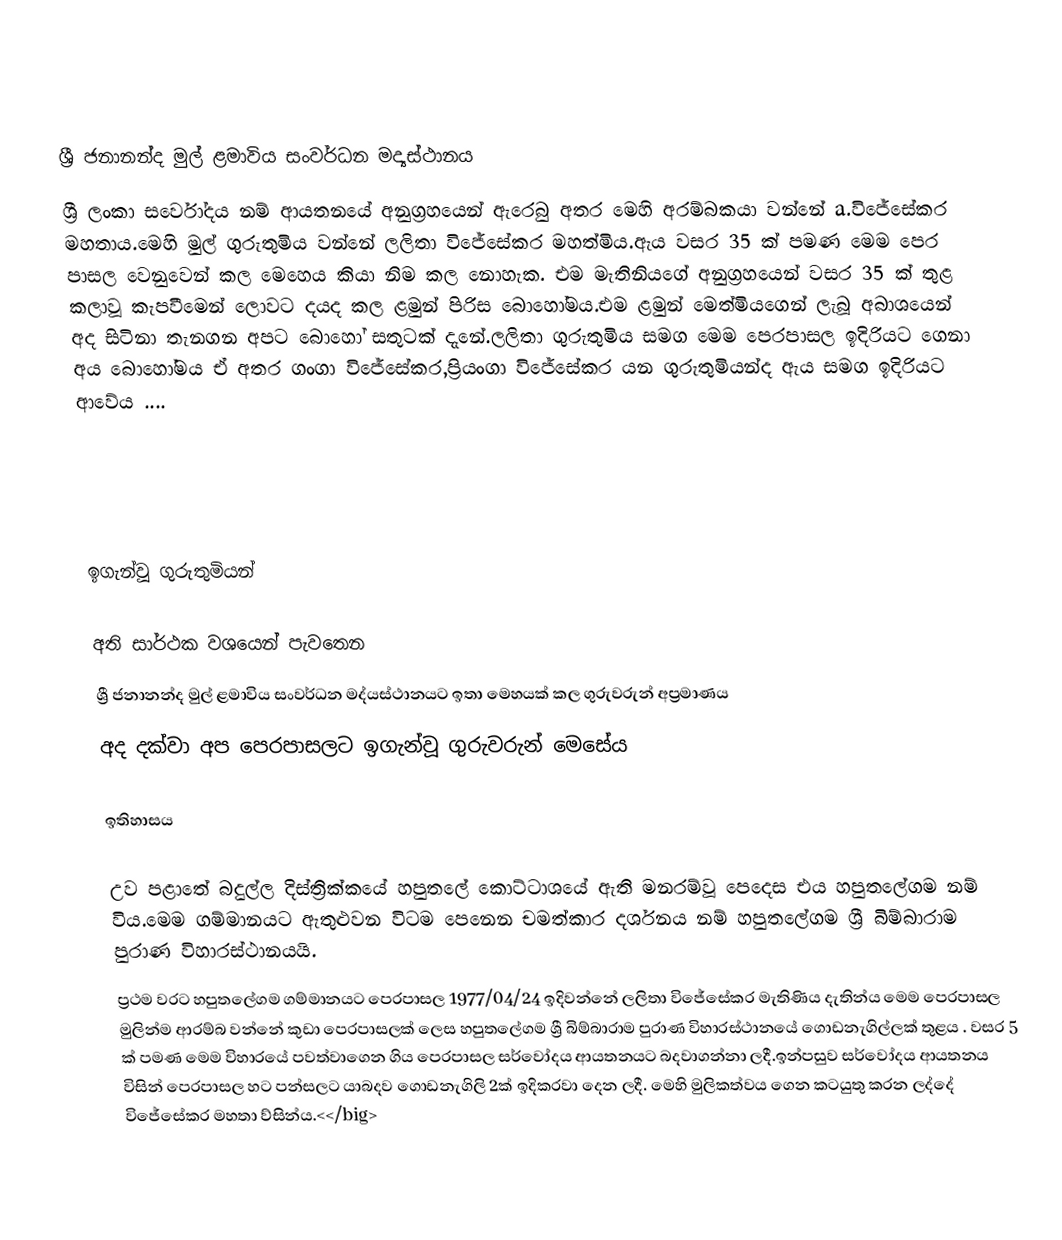

ශ්‍රී ජනානන්ද මුල් ළමාවිය සංවර්ධන මද්‍යස්ථානය
 ශ්‍රී ලංකා සර්වෝදය නම් ආයතනයේ අනුග්‍රහයෙන් ඇරෙබු අතර මෙහි අරම්බකයා වන්නේ a.විජේසේකර මහතාය.මෙහි මුල් ගුරුතුමිය වන්නේ ලලිතා විජේසේකර මහත්මිය.ඇය වසර 35 ක් පමණ මෙම පෙර පාසල වෙනුවෙන් කල මෙහෙය කියා නිම කල නොහැක. එම මැතිනියගේ අනුග්‍රහයෙන් වසර 35 ක් තුළ කලාවූ කැපවීමෙන් ලොවට දයද කල ළමුන් පිරිස බොහෝමය.එම ළමුන් මෙත්මියගෙන් ලැබූ අබාශයෙන් අද සිටිනා තැනගන අපට බොහෝ සතුටක් දැනේ.ලලිතා ගුරුතුමිය සමග මෙම පෙරපාසල ඉදිරියට ගෙනා අය බොහෝමය ඒ අතර ගංගා විජේසේකර,ප්‍රියංගා විජේසේකර යන ගුරුතුමියන්ද ඇය සමග ඉදිරියට ආවේය ....

ඉගැන්වූ ගුරුතුමියන්

අති සාර්ථක වශයෙන් පැවතෙන
ශ්‍රී ජනානන්ද මුල් ළමාවිය සංවර්ධන මද්යස්ථානයට ඉතා මෙහයක් කල ගුරුවරුන් අප්‍රමාණය
 අද දක්වා අප පෙරපාසලට ඉගැන්වූ ගුරුවරුන් මෙසේය

ඉතිහාසය

උව පළාතේ බදුල්ල දිස්ත්‍රික්කයේ හපුතලේ කොට්ටාශයේ ඇති මනරම්වූ පෙදෙස එය හපුතලේගම නම් විය.මෙම ගම්මානයට ඇතුළුවන  විටම පෙනෙන චමත්කාර දර්ශනය නම් හපුතලේගම ශ්‍රී බිම්බාරාම පුරාණ විහාරස්ථානයයි.
ප්‍රථම වරට හපුතලේගම ගම්මානයට පෙරපාසල 1977/04/24 ඉදිවන්නේ ලලිතා විජේසේකර මැතිණිය දැතින්ය මෙම පෙරපාසල මුලින්ම ආරම්බ වන්නේ කුඩා පෙරපාසලක් ලෙස හපුතලේගම ශ්‍රී බිම්බාරාම පුරාණ විහාරස්ථානයේ ගොඩනැගිල්ලක් තුළය . වසර 5 ක් පමණ මෙම විහාරයේ පවත්වාගෙන ගිය පෙරපාසල සර්වෝදය ආයතනයට බදවාගන්නා ලදී.ඉන්පසුව සර්වෝදය ආයතනය විසින් පෙරපාසල හට පන්සලට යාබදව ගොඩනැගිලි 2ක් ඉදිකරවා දෙන ලදී. මෙහි මුලිකත්වය ගෙන කටයුතු කරන ලද්දේ විජේසේකර මහතා ව්සින්ය.<</big>